画像に写った文字を読んでください
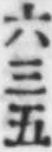
「六三五」と書いてあります